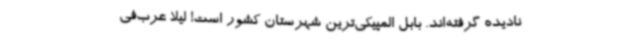
نادیده گرفته‌اند. بابل المپیکی‌ترین شهرستان کشور است! لیلا عرب‌فی